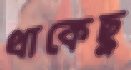
থাকেছু